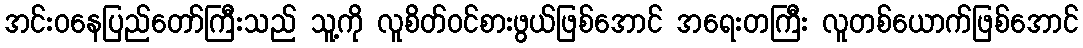
အင်းဝနေပြည်တော်ကြီးသည် သူ့ကို လူစိတ်ဝင်စားဖွယ်ဖြစ်အောင် အရေးတကြီး လူတစ်ယောက်ဖြစ်အောင်